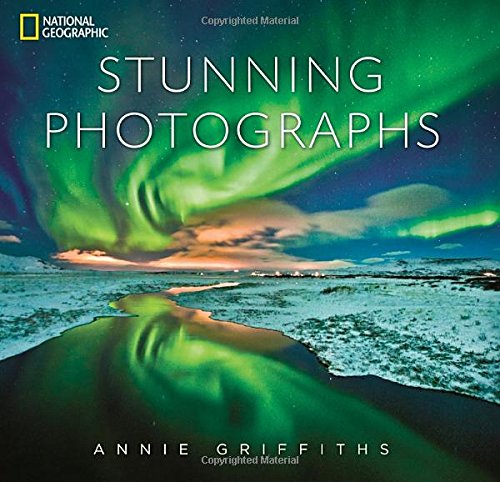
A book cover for National Geographic Stunning Photographs; Annie Griffiths; Arts & Photography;